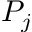
P _ { j }